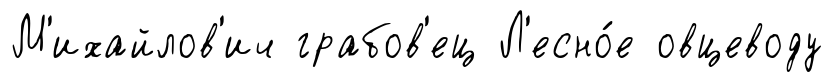
М'ихайлов'ич грабов'ец Л'есно́е овцеводу